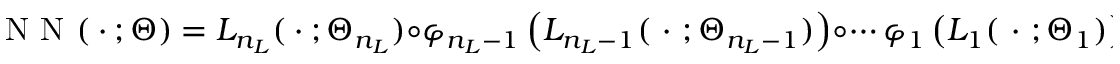
\mathrm { ~ N ~ N ~ } ( \ \cdot \ ; \Theta ) = L _ { n _ { L } } ( \ \cdot \ ; \Theta _ { n _ { L } } ) \circ \varphi _ { n _ { L } - 1 } \left( L _ { n _ { L } - 1 } ( \ \cdot \ ; \Theta _ { n _ { L } - 1 } ) \right) \circ \cdots \varphi _ { 1 } \left( L _ { 1 } ( \ \cdot \ ; \Theta _ { 1 } ) \right) ,